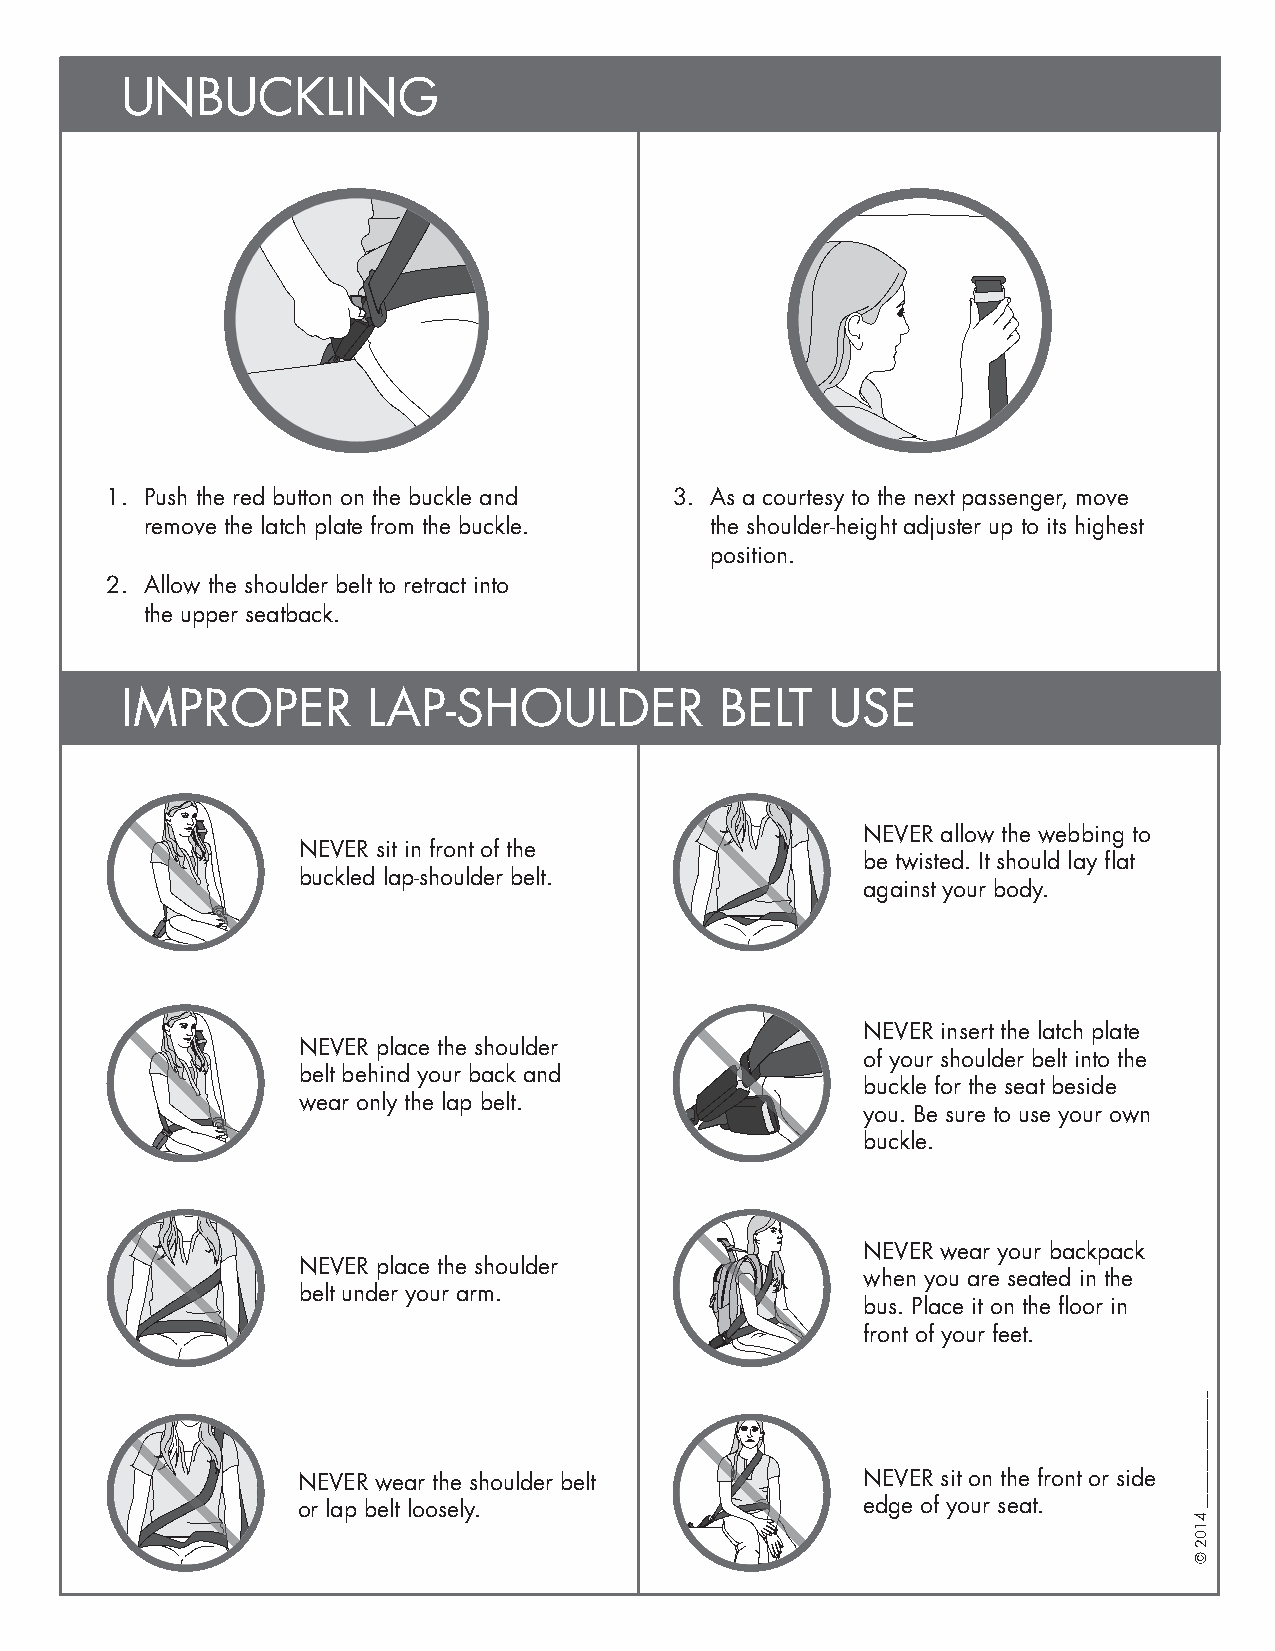
UNBUCKLING
 1. Push the red button on the buckle and 3. As a courtesy to the next passenger, move
 remove the latch plate from the buckle. the shoulder-height adjuster up to its highest
 position.
 2. Allow the shoulder belt to retract into
 the upper seatback.
 IMPROPER        LAP-SHOULDER            BELT   USE
 NEVER allow the webbing to
 NEVER sit in front of the
 be twisted. It should lay flat
 buckled lap-shoulder belt.
 against your body.
 NEVER insert the latch plate
 NEVER place the shoulder
 of your shoulder belt into the
 belt behind your back and
 buckle for the seat beside
 wear only the lap belt.
 you. Be sure to use your own
 buckle.
 NEVER wear your backpack
 NEVER place the shoulder
 when you are seated in the
 belt under your arm.
 bus. Place it on the floor in
 front of your feet.
 NEVER wear the shoulder belt         NEVER sit on the front or side
 or lap belt loosely.                 edge of your seat.
 ________________
 4102
 ©